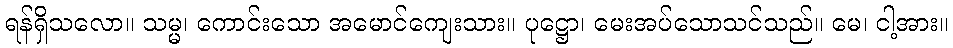
ရန်ရှိသလော။ သမ္မ၊ ကောင်းသော အမောင်ကျေးသား။ ပုဋ္ဌော၊ မေးအပ်သောသင်သည်။ မေ၊ ငါ့အား။